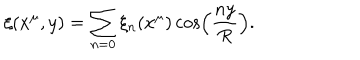
LaTeX: \xi ( x ^ { \mu } , y ) = \sum _ { n = 0 } \xi _ { n } ( x ^ { \mu } ) \cos \left( \frac { n y } { R } \right) .